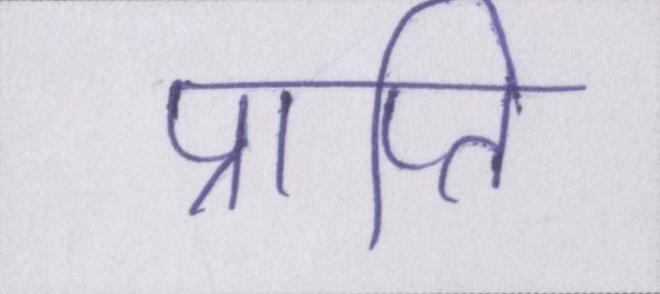
प्राप्ति